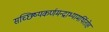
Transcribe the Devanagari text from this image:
सच्छिष्यकर्णमन्द्राभ्यामर्थितोहं